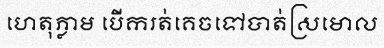
ហេតុភ្លាម បើករត់គេចទៅបាត់ស្រមោល